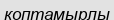
коптамырлы